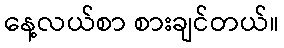
နေ့လယ်စာ စားချင်တယ်။